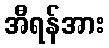
အီရန်အား